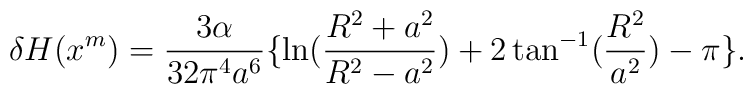
\delta H(x^m) = \frac{3\alpha}{32 \pi^4 a^{6}} \lbrace \ln(\frac{R^2+a^2}{R^2-a^2}) + 2 \tan^{-1} (\frac{R^2}{a^2}) - \pi\rbrace.